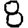
Digit: 8